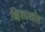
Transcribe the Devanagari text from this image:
छिकाकोल